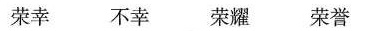
荣幸 不幸 荣耀 荣誉